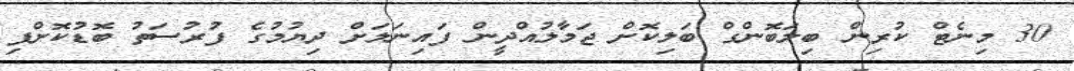
30 މިނެޓް ކުރިން ބިލަބޮންގް ބަލިކޮށް ޖަމާލުއްދީން ފައިނަލަށް ދިޔުމުގެ ފުރުސަތު ބޮޑުކޮށްފި